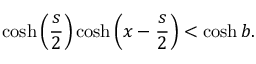
\cosh \left( \frac { s } { 2 } \right) \cosh \left( x - \frac { s } { 2 } \right) < \cosh b .